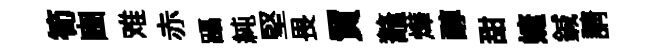
筍豳难赤躡純堅畏貿鼇燁醇甜婕鍼請